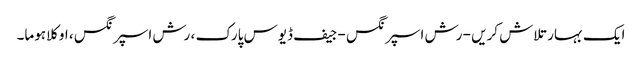
ایک بہار تلاش کریں - رش اسپرنگس - جیف ڈیوس پارک ، رش اسپرنگس ، اوکلاہوما۔